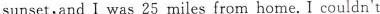
sunset,and I was 25 miles from home. I couldn't